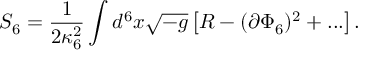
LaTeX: S _ { 6 } = \frac { 1 } { 2 \kappa _ { 6 } ^ { 2 } } \int d ^ { 6 } x \sqrt { - g } \left[ R - ( \partial \Phi _ { 6 } ) ^ { 2 } + . . . \right] .